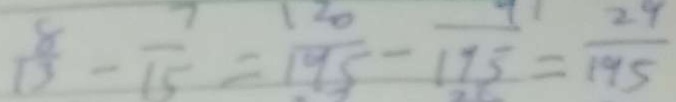
\frac { 8 } { 1 3 } - \frac { 7 } { 1 5 } = \frac { 1 2 0 } { 1 9 5 } - \frac { 9 } { 1 7 5 } = \frac { 2 9 } { 1 9 5 }